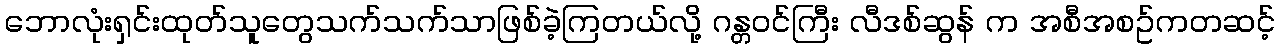
ဘောလုံးရှင်းထုတ်သူတွေသက်သက်သာဖြစ်ခဲ့ကြတယ်လို့ ဂန္တဝင်ကြီး လီဒစ်ဆွန် က အစီအစဥ်ကတဆင့်